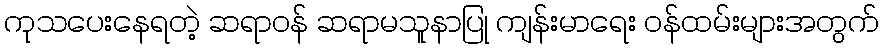
ကုသပေးနေရတဲ့ ဆရာဝန် ဆရာမသူနာပြု ကျန်းမာရေး ဝန်ထမ်းများအတွက်